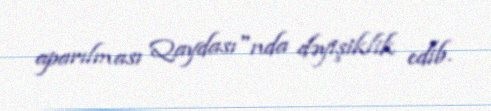
aparılması Qaydası"nda dəyişiklik edib.